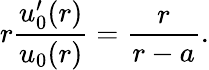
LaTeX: r\frac{u_{0}^{\prime}(r)}{u_{0}(r)}=\frac{r}{r-a}.